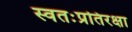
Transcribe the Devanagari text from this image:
स्वतःप्रतिरक्षा